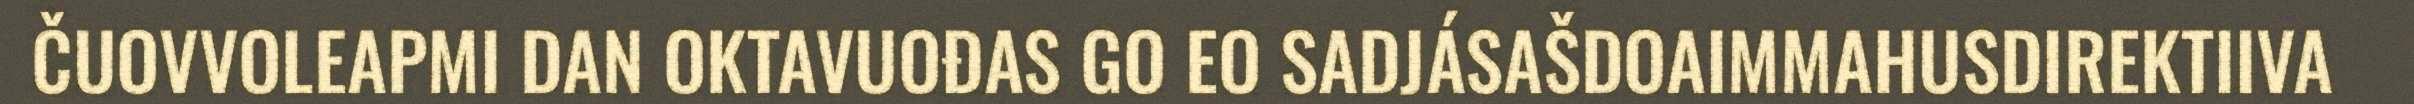
ČUOVVOLEAPMI DAN OKTAVUOĐAS GO EO SADJÁSAŠDOAIMMAHUSDIREKTIIVA